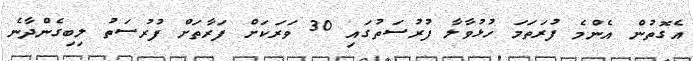
އެގޮތުން އެންމެ ފުރަތަމަ ހުޅުވާލާ ފުރުސަތުގައި 30 ވަރަކަށް ފަރާތަށް ފުރުސަތު ލިބިގެންދާނެ